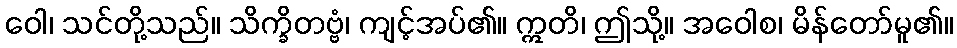
ဝေါ၊ သင်တို့သည်။ သိက္ခိတဗ္ဗံ၊ ကျင့်အပ်၏။ ဣတိ၊ ဤသို့။ အဝေါစ၊ မိန်တော်မူ၏။